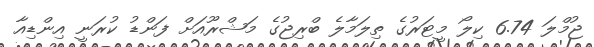
ޖުމްލަ 6.74 ކިލޯ މީޓަރުގެ ތިލަމާލެ ބްރިޖުގެ މަޝްރޫއަށް ފަންޑު ކުރަނީ އިންޑިއާ